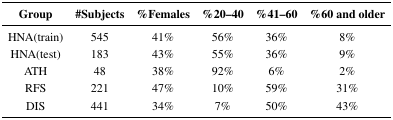
| Group | #Subjects | %Females | %20–40 | %41–60 | %60 and older |
 | --- | --- | --- | --- | --- | --- |
 | HNA(train) | 545 | 41% | 56% | 36% | 8% |
 | HNA(test) | 183 | 43% | 55% | 36% | 9% |
 | ATH | 48 | 38% | 92% | 6% | 2% |
 | RFS | 221 | 47% | 10% | 59% | 31% |
 | DIS | 441 | 34% | 7% | 50% | 43% |